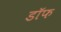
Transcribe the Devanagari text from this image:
डॉफ